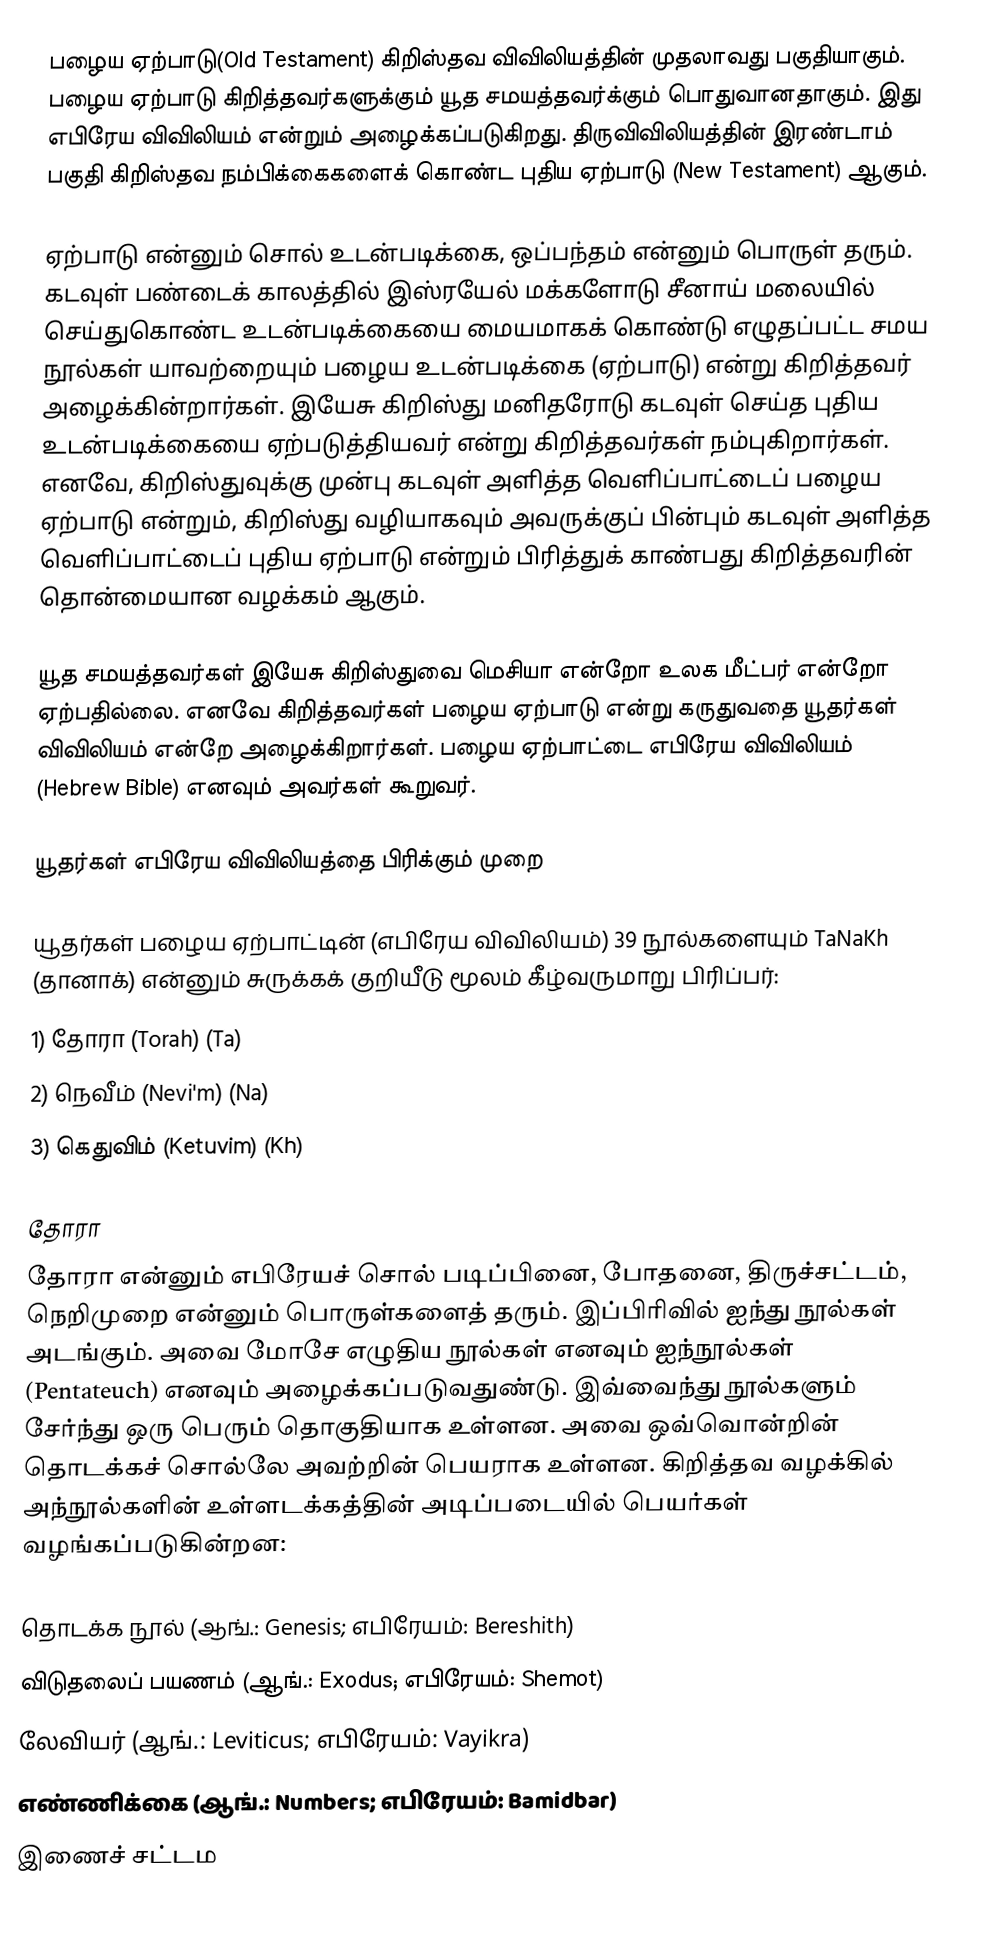
பழைய ஏற்பாடு(Old Testament) கிறிஸ்தவ விவிலியத்தின் முதலாவது பகுதியாகும். பழைய ஏற்பாடு கிறித்தவர்களுக்கும் யூத சமயத்தவர்க்கும் பொதுவானதாகும். இது எபிரேய விவிலியம் என்றும் அழைக்கப்படுகிறது. திருவிவிலியத்தின் இரண்டாம் பகுதி கிறிஸ்தவ நம்பிக்கைகளைக் கொண்ட புதிய ஏற்பாடு (New Testament) ஆகும்.

ஏற்பாடு என்னும் சொல் உடன்படிக்கை, ஒப்பந்தம் என்னும் பொருள் தரும். கடவுள் பண்டைக் காலத்தில் இஸ்ரயேல் மக்களோடு சீனாய் மலையில் செய்துகொண்ட உடன்படிக்கையை மையமாகக் கொண்டு எழுதப்பட்ட சமய நூல்கள் யாவற்றையும் பழைய உடன்படிக்கை (ஏற்பாடு) என்று கிறித்தவர் அழைக்கின்றார்கள். இயேசு கிறிஸ்து மனிதரோடு கடவுள் செய்த புதிய உடன்படிக்கையை ஏற்படுத்தியவர் என்று கிறித்தவர்கள் நம்புகிறார்கள். எனவே, கிறிஸ்துவுக்கு முன்பு கடவுள் அளித்த வெளிப்பாட்டைப் பழைய ஏற்பாடு என்றும், கிறிஸ்து வழியாகவும் அவருக்குப் பின்பும் கடவுள் அளித்த வெளிப்பாட்டைப் புதிய ஏற்பாடு என்றும் பிரித்துக் காண்பது கிறித்தவரின் தொன்மையான வழக்கம் ஆகும்.

யூத சமயத்தவர்கள் இயேசு கிறிஸ்துவை மெசியா என்றோ உலக மீட்பர் என்றோ ஏற்பதில்லை. எனவே கிறித்தவர்கள் பழைய ஏற்பாடு என்று கருதுவதை யூதர்கள் விவிலியம் என்றே அழைக்கிறார்கள். பழைய ஏற்பாட்டை எபிரேய விவிலியம் (Hebrew Bible) எனவும் அவர்கள் கூறுவர்.

யூதர்கள் எபிரேய விவிலியத்தை பிரிக்கும் முறை

யூதர்கள் பழைய ஏற்பாட்டின் (எபிரேய விவிலியம்) 39 நூல்களையும் TaNaKh (தானாக்) என்னும் சுருக்கக் குறியீடு மூலம் கீழ்வருமாறு பிரிப்பர்:
1) தோரா (Torah) (Ta)
2) நெவீம் (Nevi'm) (Na)
3) கெதுவிம் (Ketuvim) (Kh)

தோரா
தோரா என்னும் எபிரேயச் சொல் படிப்பினை, போதனை, திருச்சட்டம், நெறிமுறை என்னும் பொருள்களைத் தரும். இப்பிரிவில் ஐந்து நூல்கள் அடங்கும். அவை மோசே எழுதிய நூல்கள் எனவும் ஐந்நூல்கள் (Pentateuch) எனவும் அழைக்கப்படுவதுண்டு. இவ்வைந்து நூல்களும் சேர்ந்து ஒரு பெரும் தொகுதியாக உள்ளன. அவை ஒவ்வொன்றின் தொடக்கச் சொல்லே அவற்றின் பெயராக உள்ளன. கிறித்தவ வழக்கில் அந்நூல்களின் உள்ளடக்கத்தின் அடிப்படையில் பெயர்கள் வழங்கப்படுகின்றன:

 தொடக்க நூல் (ஆங்.: Genesis; எபிரேயம்: Bereshith)
 விடுதலைப் பயணம் (ஆங்.: Exodus; எபிரேயம்: Shemot)
 லேவியர் (ஆங்.: Leviticus; எபிரேயம்: Vayikra)
 எண்ணிக்கை (ஆங்.: Numbers; எபிரேயம்: Bamidbar)
 இணைச் சட்டம